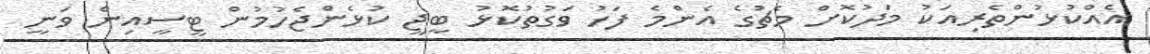
އެއްކުޅުންތެރިއަކު މަދުކޮށް މެޗުގެ އެންމެ ފަހު ވަގުތުކޮޅު ބީޖީ ކުޅެންޖެހުމުން ޓީސީއިން ވަނީ